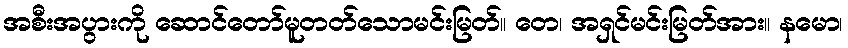
အစီးအပွားကို ဆောင်တော်မူတတ်သောမင်းမြတ်။ တေ၊ အရှင်မင်းမြတ်အား။ နမော၊